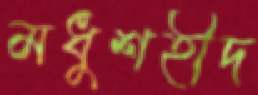
মধুশহীদ